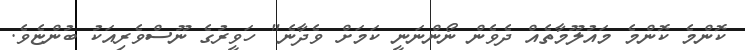
ކޮންމެ ކޮންމެ މައުލޫމާތެއް ދެވެން ނޯންނަނީ ކަމަށް ވެދާނެ" ހަވީރުގެ ނޫސްވެރިއަކު ބުންޏެވެ.